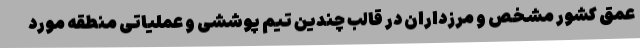
عمق کشور مشخص و مرزداران در قالب چندین تیم پوششی و عملیاتی منطقه مورد